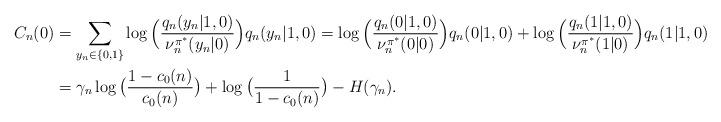
LaTeX: \begin{align*}C_n(0)&=\sum_{y_n\in\{0,1\}}\log\Big(\frac{q_n(y_n|1,0)}{\nu^{\pi^*}_n(y_n|0)}\Big)q_n(y_n|1,0)=\log\Big(\frac{q_n(0|1,0)}{\nu^{\pi^*}_n(0|0)}\Big)q_n(0|1,0)+\log\Big(\frac{q_n(1|1,0)}{\nu^{\pi^*}_n(1|0)}\Big)q_n(1|1,0)\\&=\gamma_n\log\big(\frac{1-c_0(n)}{c_0(n)}\big)+\log\big(\frac{1}{1-c_0(n)}\big)-H(\gamma_n).\end{align*}